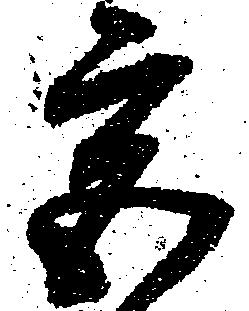
宮